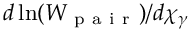
d \ln ( W _ { \mathrm { ~ p ~ a ~ i ~ r ~ } } ) / d \chi _ { \gamma }